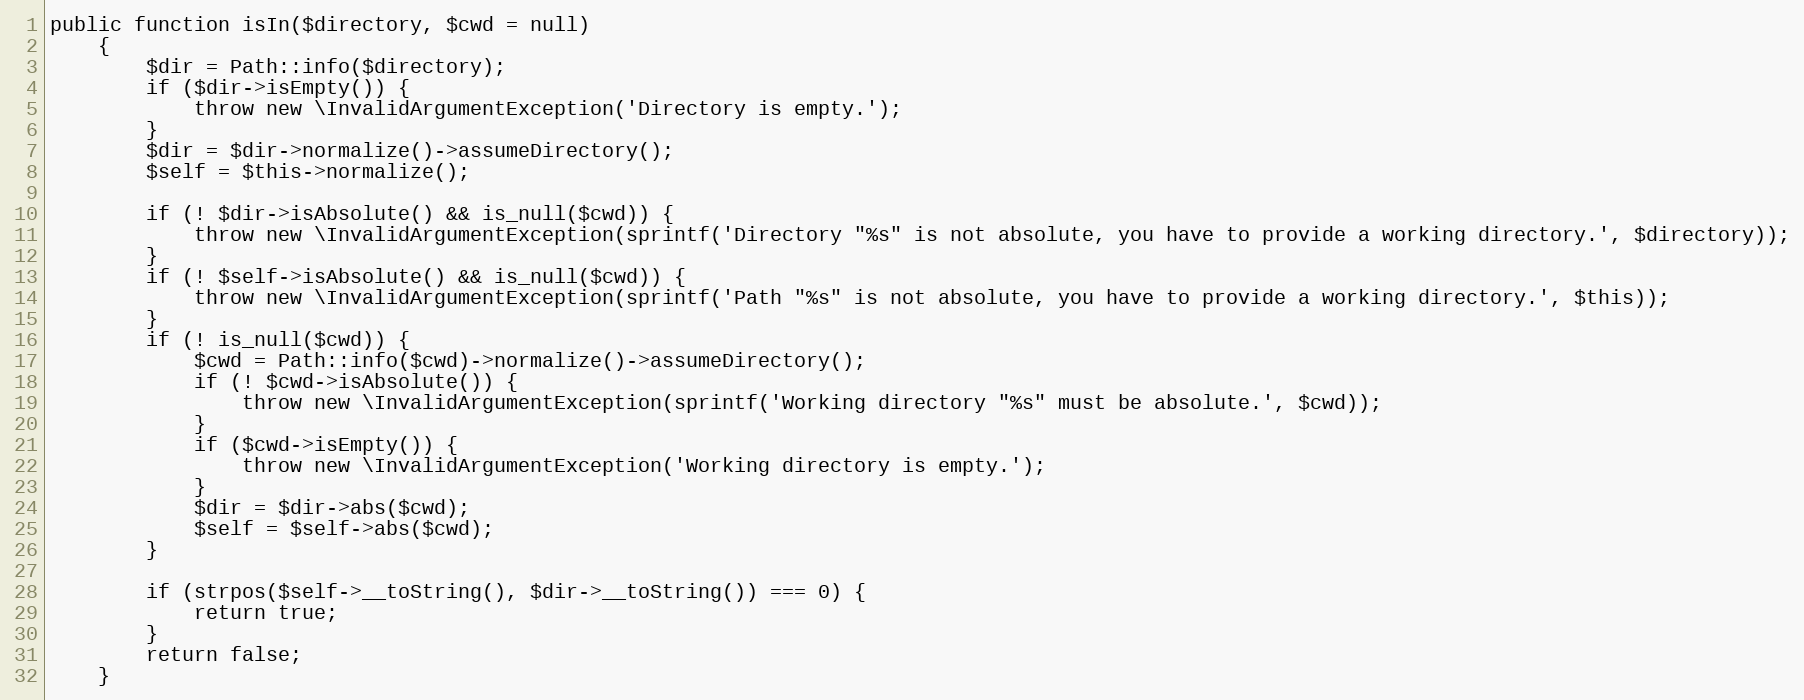
Language: PHP
public function isIn($directory, $cwd = null)
	{
		$dir = Path::info($directory);
		if ($dir->isEmpty()) {
			throw new \InvalidArgumentException('Directory is empty.');
		}
		$dir = $dir->normalize()->assumeDirectory();
		$self = $this->normalize();

		if (! $dir->isAbsolute() && is_null($cwd)) {
			throw new \InvalidArgumentException(sprintf('Directory "%s" is not absolute, you have to provide a working directory.', $directory));
		}
		if (! $self->isAbsolute() && is_null($cwd)) {
			throw new \InvalidArgumentException(sprintf('Path "%s" is not absolute, you have to provide a working directory.', $this));
		}
		if (! is_null($cwd)) {
			$cwd = Path::info($cwd)->normalize()->assumeDirectory();
			if (! $cwd->isAbsolute()) {
				throw new \InvalidArgumentException(sprintf('Working directory "%s" must be absolute.', $cwd));
			}
			if ($cwd->isEmpty()) {
				throw new \InvalidArgumentException('Working directory is empty.');
			}
			$dir = $dir->abs($cwd);
			$self = $self->abs($cwd);
		}

		if (strpos($self->__toString(), $dir->__toString()) === 0) {
			return true;
		}
		return false;
	}